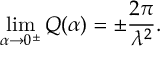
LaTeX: \operatorname * { l i m } _ { \alpha \rightarrow 0 ^ { \pm } } Q ( \alpha ) = \pm \frac { 2 \pi } { \lambda ^ { 2 } } .